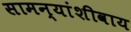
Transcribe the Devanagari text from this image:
सामन्यांशीवाय